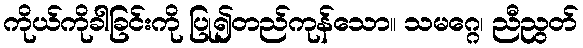
ကိုယ်ကိုခါခြင်းကို ပြု၍တည်ကုန်သော။ သမဂ္ဂေ၊ ညီညွတ်